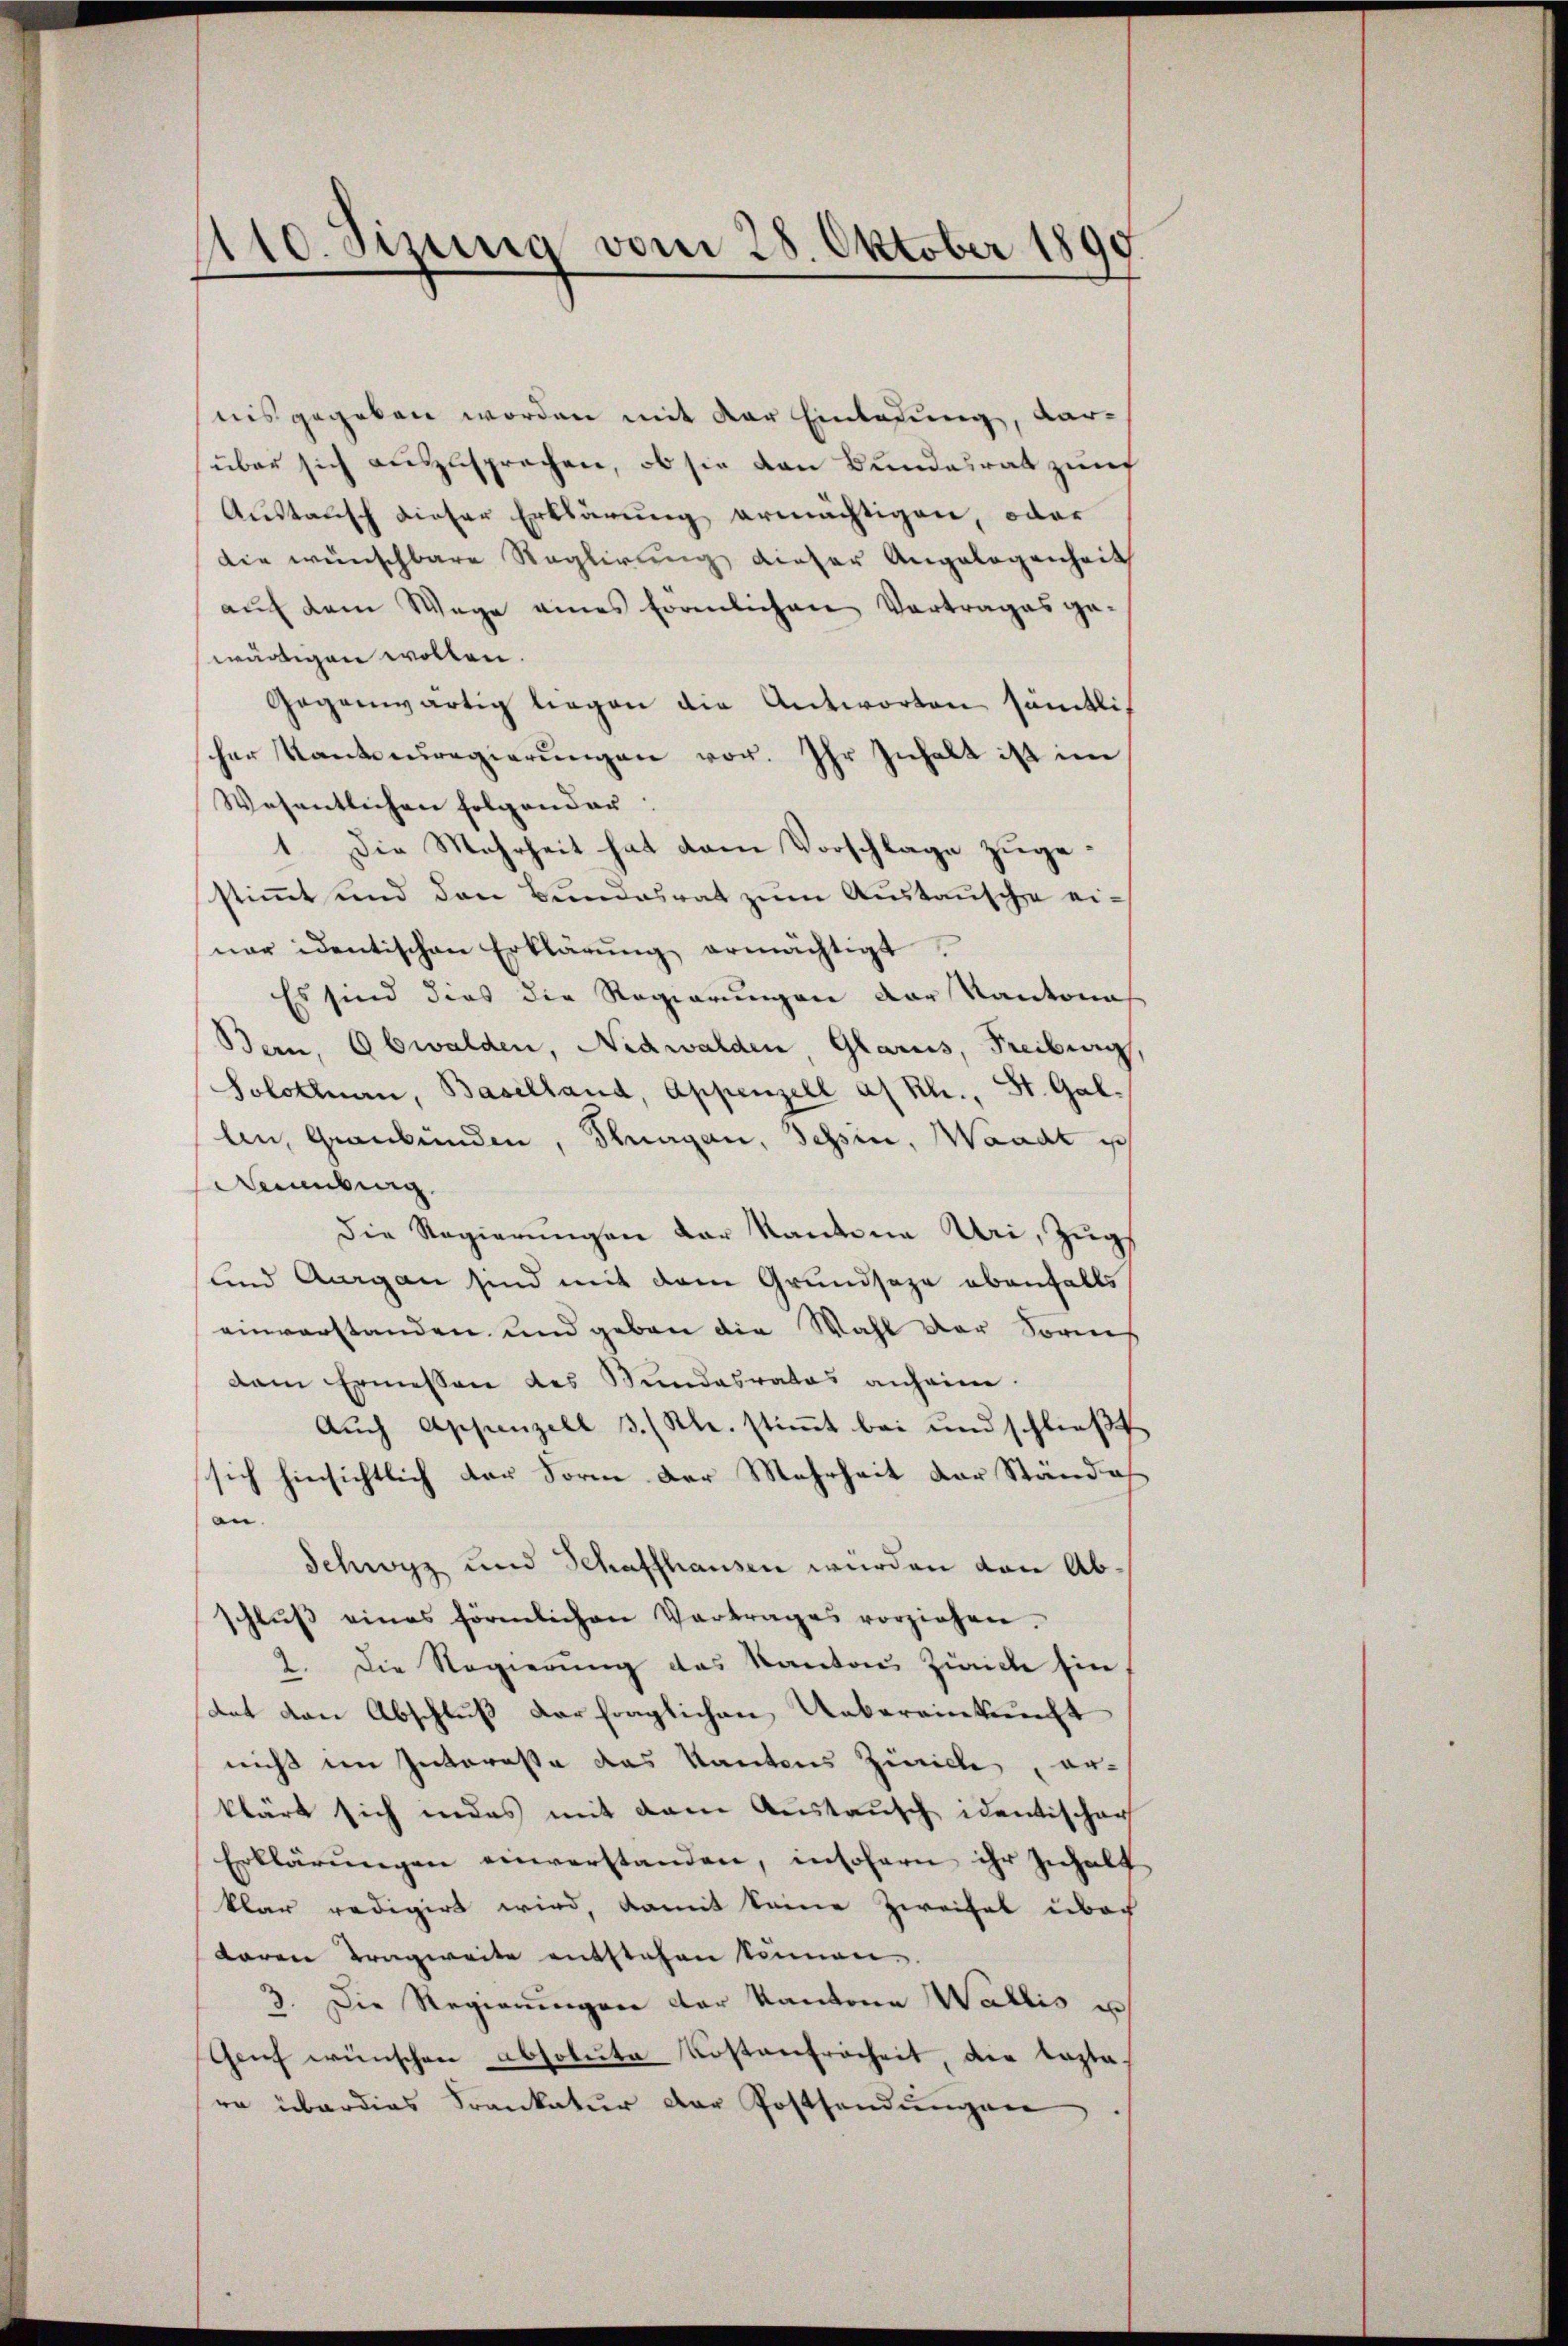
1110. Sizung vom 28. Oktober 1891
.

nis gegeben worden mit der Einladung, darüber sich auszusprechen, ob sie den Bundesrat zum
Austausch dieser Erklärung ermächtigen, oder
die wünschbare Reglirung dieser Angelegenheit
aŭf dem Wege eines förmlichen Vortrages ge-
wärtigen wollen.
Gegenwärtig liegen die Antworten sämtlic
her Kanteuregierungen vor. Ihr Inhalt ist im
Wesentlichen folgender:
1. Die Mehrheit hat dem Vorschlage zugestimmt und den Bundesrat zum Austausche einer identischen Erklärŭng ermächtigt,
Es sind dies die Regierungen der Kantona
Bern, Obwalden, Nidwalden, Glarus, Freiburg,
Solothurn, Baselland, Appenzell a/Rh., St. Gallen, Graubünden, Schragan, Schin, Waadt is
Aenberg.
Die Regierungen der Kantone Uri, Zugs
und Aurgan sind mit dem Grundsaze ebenfalls
einverstanden und geben die Wahl der Sornes
dem Ermessen des Bundesrates anheim.
Aŭch Appenzell 3. Kl. stiṁt bei und schlieβt
sich hinsichtlich der Form der Mehrheit der Ständean.
Schwyz und Schaffhausen würden von Abschlŭβ eines förmlichen Vertrages vorziehen.
2. Die Regierŭng des Kanton Zürich sie,
tat den Abschlŭβ der fraglichen Uebereinkunft
nicht im Interesse das Kantons Zürich, erklärt sich indes mit dem Austausch identischen
Erklärŭngen einverstanden, insofern ihr Inhalt
klar redigirt wird, damit keine Zweifel über
taren Tragweite entstehen können.
3. Die Regierŭngen der Kantone Wallis u
Genf wünschen absolute Kostenfreiheit, die testa
re überdies Frankatur der Postsendŭngen.